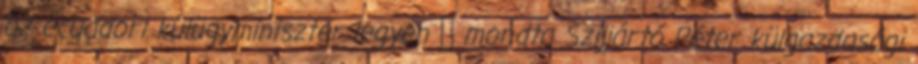
az ecuadori külügyminiszter legyen ‒ mondta Szijjártó Péter külgazdasági